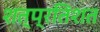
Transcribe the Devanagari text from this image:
शत्प्रतिशत